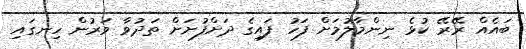
ބައެއް ރޭރޭ ކުޅެ ނިންމާލުމަށް ފަހު ފައިގެ ދަށްފުށަށް ތަދުވާ ވަރުން ހިނގައި